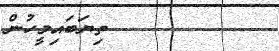
٢٣٨         ތިޔަބައިމީހުން